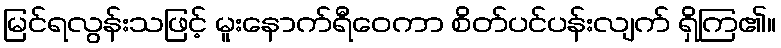
မြင်ရလွန်းသဖြင့် မူးနောက်ရီဝေကာ စိတ်ပင်ပန်းလျက် ရှိကြ၏။